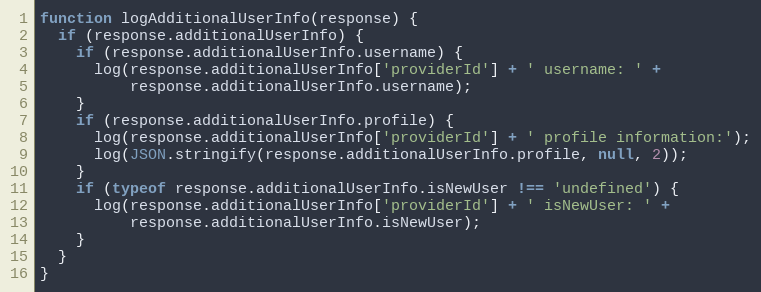
Language: JavaScript
function logAdditionalUserInfo(response) {
  if (response.additionalUserInfo) {
    if (response.additionalUserInfo.username) {
      log(response.additionalUserInfo['providerId'] + ' username: ' +
          response.additionalUserInfo.username);
    }
    if (response.additionalUserInfo.profile) {
      log(response.additionalUserInfo['providerId'] + ' profile information:');
      log(JSON.stringify(response.additionalUserInfo.profile, null, 2));
    }
    if (typeof response.additionalUserInfo.isNewUser !== 'undefined') {
      log(response.additionalUserInfo['providerId'] + ' isNewUser: ' +
          response.additionalUserInfo.isNewUser);
    }
  }
}